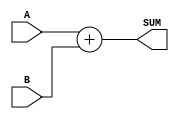
module behavioral_adder_64(
  input [63:0] A,
  input [63:0] B,
  output [64:0] SUM
);

  // Logic for sum of adder
  assign SUM = (A + B);
 
endmodule